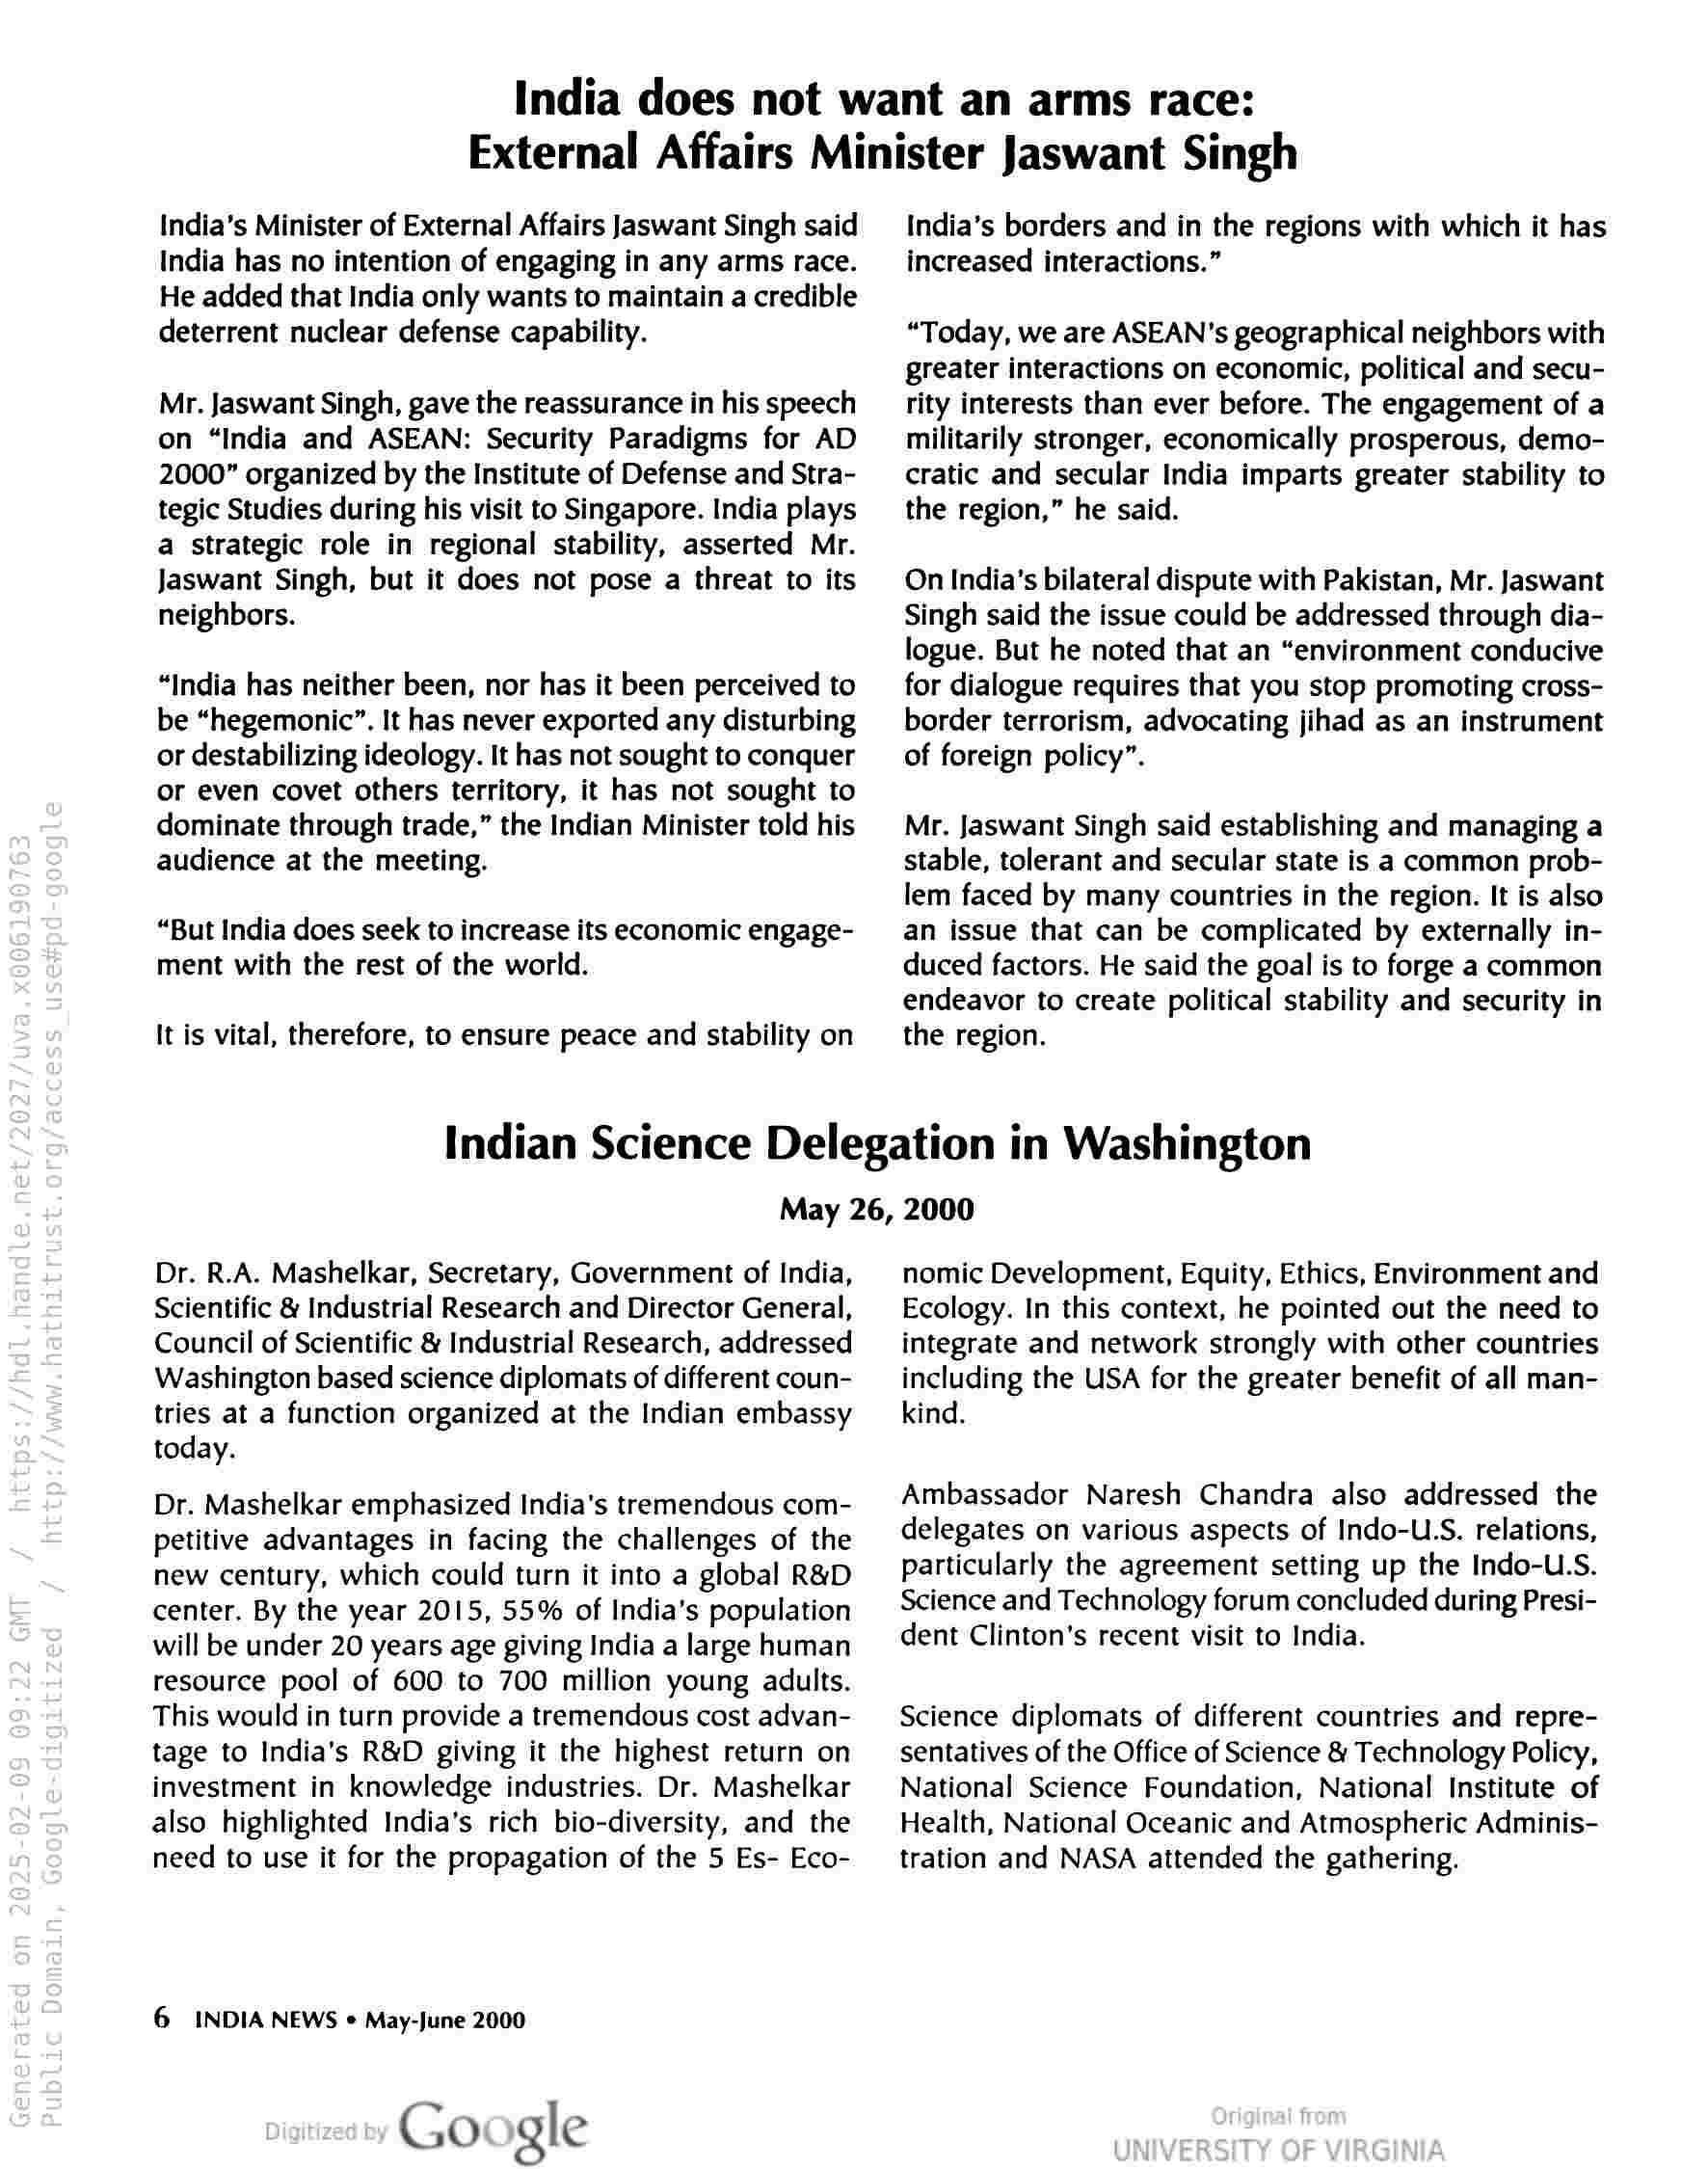
India does not want an arms race:
External Affairs Minister Jaswant Singh

India’s Minister of External Affairs Jaswant Singh said
India has no intention of engaging in any arms race.
He added that India only wants to maintain a credible
deterrent nuclear defense capability.

Mr. Jaswant Singh, gave the reassurance in his speech
on “India and ASEAN: Security Paradigms for AD
2000” organized by the Institute of Defense and Stra-
tegic Studies during his visit to Singapore. India plays
a strategic role in regional stability, asserted Mr.
Jaswant Singh, but it does not pose a threat to its
neighbors.

“India has neither been, nor has it been perceived to
be “hegemonic”. It has never exported any disturbing
or destabilizing ideology. It has not sought to conquer
or even covet others territory, it has not sought to
dominate through trade,” the Indian Minister told his
audience at the meeting.

“But India does seek to increase its economic engage-
ment with the rest of the world.

It is vital, therefore, to ensure peace and stability on

India’s borders and in the regions with which it has
increased interactions.”

“Today, we are ASEAN's geographical neighbors with
greater interactions on economic, political and secu-
rity interests than ever before. The engagement of a
militarily stronger, economically prosperous, demo-
cratic and secular India imparts greater stability to
the region,” he said.

On India’s bilateral dispute with Pakistan, Mr. Jaswant
Singh said the issue could be addressed through dia-
logue. But he noted that an “environment conducive
for dialogue requires that you stop promoting cross-
border terrorism, advocating jihad as an instrument
of foreign policy”.

Mr. Jaswant Singh said establishing and managing a
stable, tolerant and secular state is a common prob-
lem faced by many countries in the region. It is also
an issue that can be complicated by externally in-
duced factors. He said the goal is to forge a common
endeavor to create political stability and security in
the region.

Indian Science Delegation in Washington
May 26, 2000

Dr. R.A. Mashelkar, Secretary, Government of India,
Scientific & Industrial Research and Director General,
Council of Scientific & Industrial Research, addressed
Washington based science diplomats of different coun-
tries at a function organized at the Indian embassy
today.

Dr. Mashelkar emphasized India's tremendous com-
petitive advantages in facing the challenges of the
new century, which could turn it into a global R&D
center. By the year 2015, 55% of India’s population
will be under 20 years age giving India a large human
resource pool of 600 to 700 million young adults.
This would in turn provide a tremendous cost advan-
tage to India’s R&D giving it the highest return on
investment in knowledge industries. Dr. Mashelkar
also highlighted India’s rich bio-diversity, and the
need to use it for the propagation of the 5 Es- Eco-

6 INDIA NEWS ¢ May-June 2000

Google

nomic Development, Equity, Ethics, Environment and
Ecology. In this context, he pointed out the need to
integrate and network strongly with other countries
including the USA for the greater benefit of all man-
kind.

Ambassador Naresh Chandra also addressed the
delegates on various aspects of Indo-U.S. relations,
particularly the agreement setting up the Indo-U.S.
Science and Technology forum concluded during Presi-
dent Clinton's recent visit to India.

Science diplomats of different countries and repre-
sentatives of the Office of Science & Technology Policy,
National Science Foundation, National Institute of
Health, National Oceanic and Atmospheric Adminis-
tration and NASA attended the gathering.